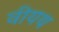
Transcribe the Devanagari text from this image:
वीयथ